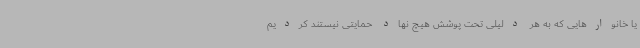
یا خانوارهایی که به هر دلیلی تحت پوشش هیچ نهاد حمایتی نیستند کردیم